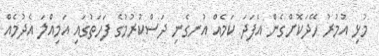
މުޅި އުމުރު ހޭދަކޮށްގެން އެފަދަ ކަމެއް އުނގެނި ދަސްކުރުމުގެ ފަހަތުގައި އަމިއްލަ އެދުމެއް